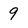
Character: 9